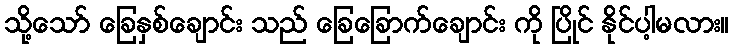
သို့သော် ခြေနှစ်ချောင်း သည် ခြေခြောက်ချောင်း ကို ပြိုင် နိုင်ပါ့မလား။